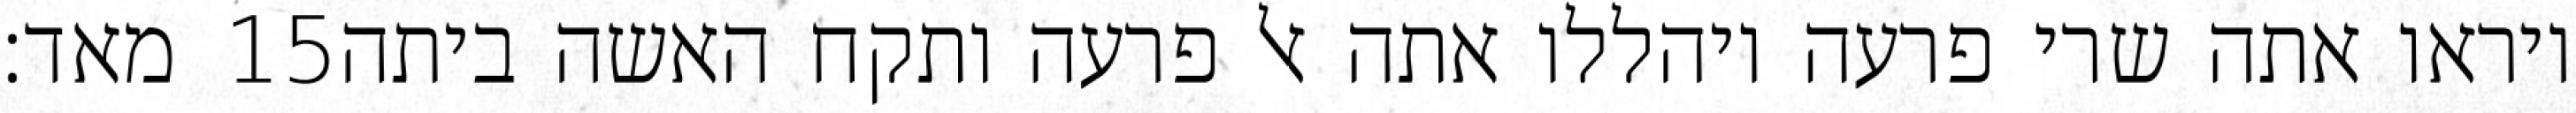
מאד׃ ‎15‏ ויראו אתה שרי פרעה ויהללו אתה אל פרעה ותקח האשה ביתה